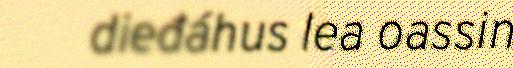
dieđáhus lea oassin